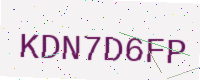
Text: KDN7D6FP